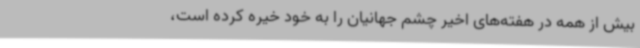
بیش از همه در هفته‌های اخیر چشم جهانیان را به خود خیره کرده است،